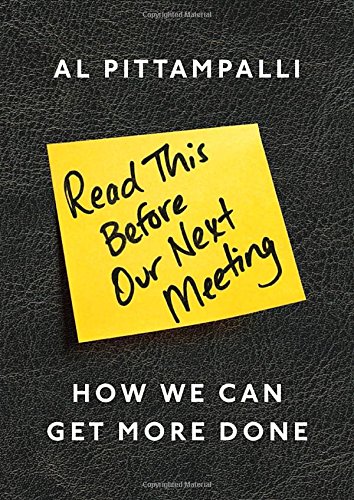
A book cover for Read This Before Our Next Meeting: How We Can Get More Done; Al Pittampalli; Business & Money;